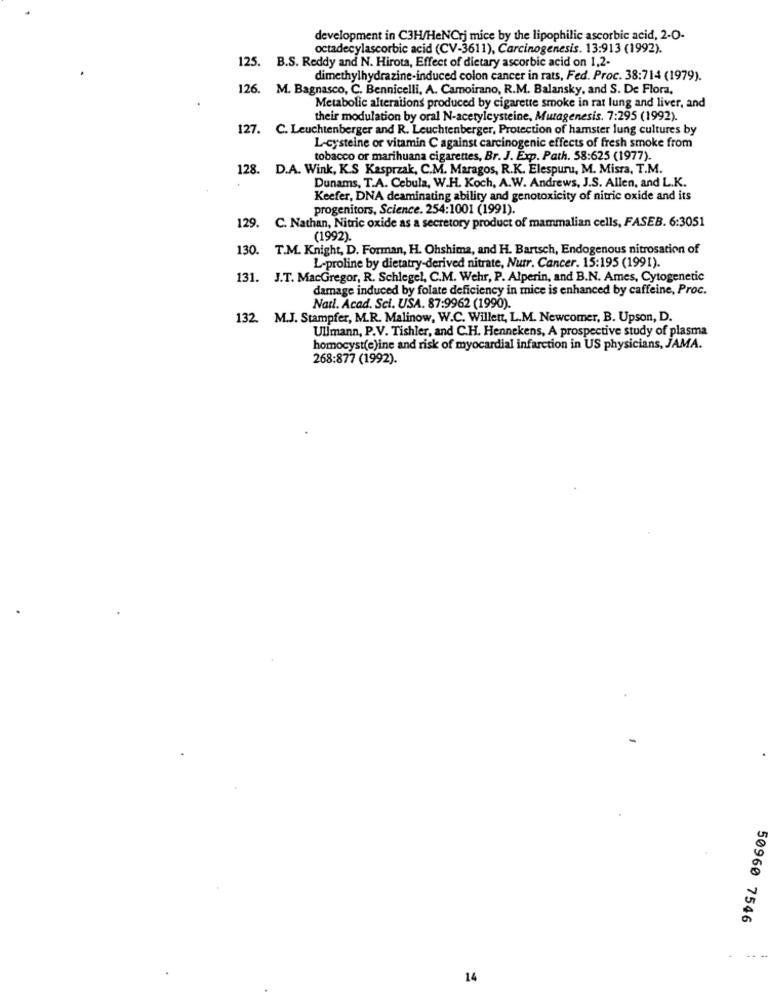
development in C3H/HeNCrj mice by the lipophilic ascorbic acid, 2-O-
octadecylascorbic acid (CV-3611), Carcinogenesis. 13:913 (1992).
125. B.S. Reddy and N. Hirota, Effect of dietary ascorbic acid on 1,2-
dimethylhydrazine-induced colon cancer in rats, Fed. Proc. 38:714 (1979).
126. M. Bagnasco, C. Bennicelli, A. Camoirano, R.M. Balansky, and S. De Flora,
Metabolic alterations produced by cigarette smoke in rat lung and liver, and
their modulation by oral N-acetylcysteine, Mutagenesis. 7:295 (1992).
127. C. Leuchtenberger and R. Leuchtenberger, Protection of hamster lung cultures by
L-cysteine or vitamin C against carcinogenic effects of fresh smoke from
tobacco or marihuana cigarettes, Br. J. Exp. Path. 58:625 (1977).
128. D.A. Wink, K.S Kasprzak, C.M. Maragos, R.K. Elespuru, M. Misra, T.M.
Dunams, T.A. Cebula, W.H. Koch, A.W. Andrews, J.S. Allen, and L.K.
Keefer, DNA deaminating ability and genotoxicity of nitric oxide and its
progenitors, Science. 254:1001 (1991).
129. C. Nathan, Nitric oxide as a secretory product of mammalian cells, FASEB. 6:3051
(1992).
130.
T.M. Knight, D. Forman, H. Ohshima, and H. Bartsch, Endogenous nitrosation of
L-proline by dietatry-derived nitrate, Nutr. Cancer. 15:195 (1991).
131. J.T. MacGregor, R. Schlegel, C.M. Wehr, P. Alperin, and B.N. Ames, Cytogenetic
damage induced by folate deficiency in mice is enhanced by caffeine, Proc.
Natl. Acad. Sci. USA. 87:9962 (1990).
132. M.J. Stampfer, M.R. Malinow, W.C. Willett, L.M. Newcomer, B. Upson, D.
Ullmann, P.V. Tishler, and C.H. Hennekens, A prospective study of plasma
homocyst(e)ine and risk of myocardial infarction in US physicians, JAMA.
268:877 (1992).
50960 7546
14